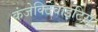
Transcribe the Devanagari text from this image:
कंजेक्टिवाइटिस